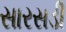
સારસડી